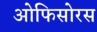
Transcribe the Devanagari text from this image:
ओफिसोरस